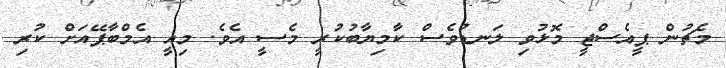
މެޗުން ޕީއެސްޖީ މޮޅުވި ލަނޑުވެސް ކާމިޔާބުކުރީ މެސީ އެވެ. މިއީ އެމްބާޕޭއަށް ކުރި